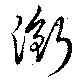
銜